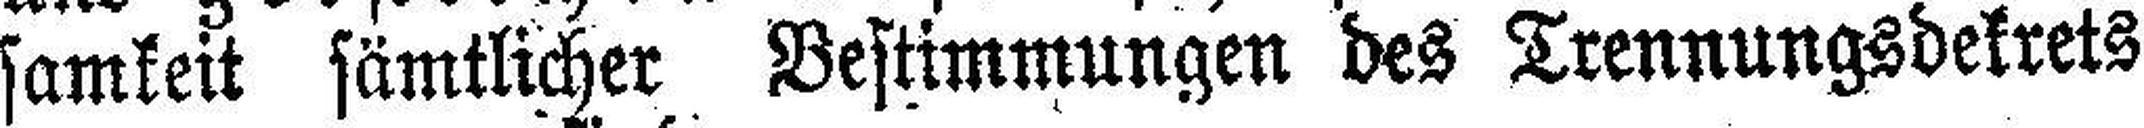
samkeit sämtlicher Bestimmungen des Trennungsdekrets